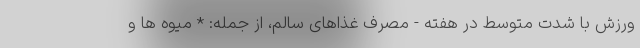
ورزش با شدت متوسط در هفته - مصرف غذاهای سالم، از جمله: * میوه ها و